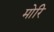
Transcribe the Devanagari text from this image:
मोरि